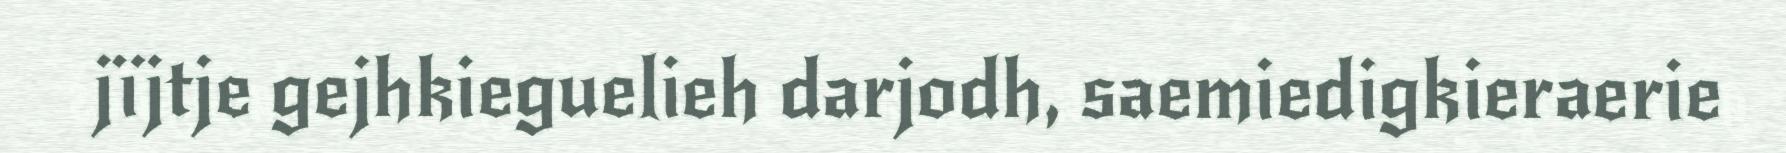
jïjtje gejhkieguelieh darjodh, saemiedigkieraerie